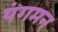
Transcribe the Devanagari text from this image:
यंगमन